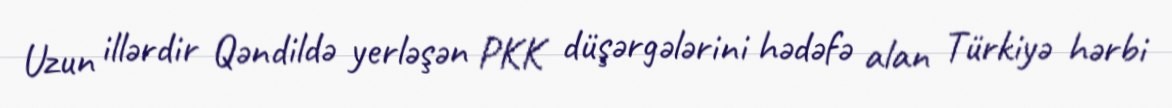
Uzun illərdir Qəndildə yerləşən PKK düşərgələrini hədəfə alan Türkiyə hərbi